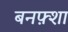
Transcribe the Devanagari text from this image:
बनफ़्शा